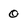
Character: 0